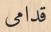
قدامى